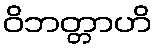
ဝိဘတ္တာဟိ